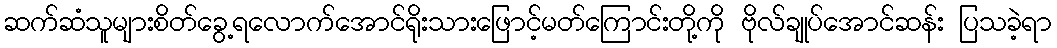
ဆက်ဆံသူများစိတ်ခွေ့ရလောက်အောင်ရိုးသားဖြောင့်မတ်ကြောင်းတို့ကို ဗိုလ်ချုပ်အောင်ဆန်း ပြသခဲ့ရာ